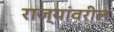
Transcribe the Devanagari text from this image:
राज्यांवरील